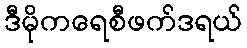
ဒီမိုကရေစီဖက်ဒရယ်